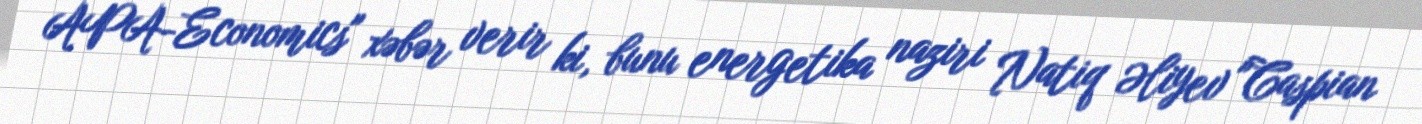
APA-Economics" xəbər verir ki, bunu energetika naziri Natiq Əliyev "Caspian